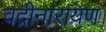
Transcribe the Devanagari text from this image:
वद्रीनारायण